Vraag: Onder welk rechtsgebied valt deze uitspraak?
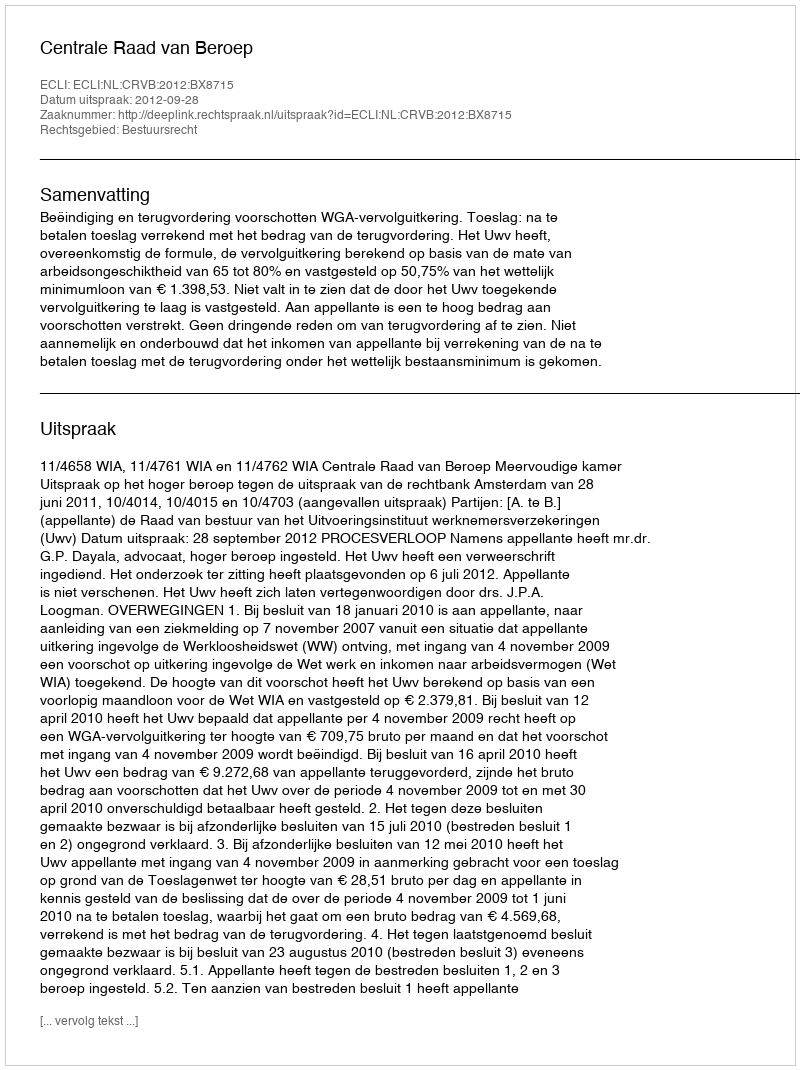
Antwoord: Bestuursrecht